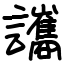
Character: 讗